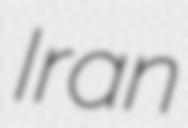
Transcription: Iran